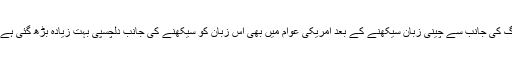
شایدآپ یہ بات جان کر حیران ہوں کہ صدر اوباما کی بیٹی اور فیس بک کے مالک مارک زکر برگ کی جانب سے چینی زبان سیکھنے کے بعد امریکی عوام میں بھی اس زبان کو سیکھنے کی جانب دلچسپی بہت زیادہ بڑھ گئی ہے اوریوں اب چینی زبان سیکھنے کی دوڑ میں امریکہ بھی کسی دوسرے ملک سے پیچھے نہیں رہا۔